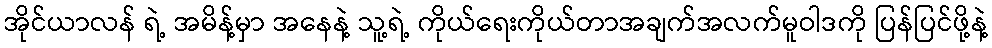
အိုင်ယာလန် ရဲ့ အမိန့်မှာ အနေနဲ့ သူ့ရဲ့ ကိုယ်ရေးကိုယ်တာအချက်အလက်မူဝါဒကို ပြန်ပြင်ဖို့နဲ့